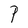
Character: P